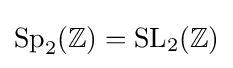
\mathrm {Sp} _{2}(\mathbb {Z} )=\mathrm {SL} _{2}(\mathbb {Z} )